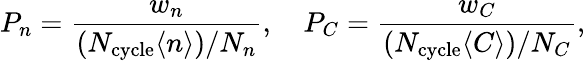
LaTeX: P_{n}=\frac{w_{n}}{(N_{\mathrm{cycle}}\langle n\rangle)/N_{n}},\quad P_{C}=\frac{w_{C}}{(N_{\mathrm{cycle}}\langle C\rangle)/N_{C}},